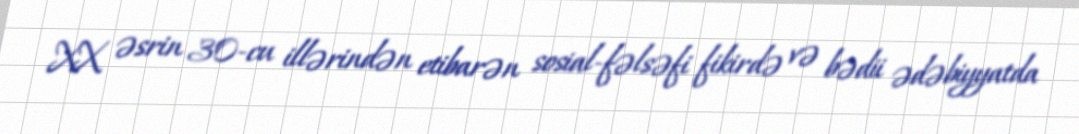
XX əsrin 30-cu illərindən etibarən sosial-fəlsəfi fikirdə və bədii ədəbiyyatda